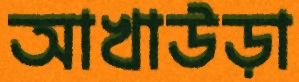
আখাউড়া